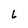
Character: L